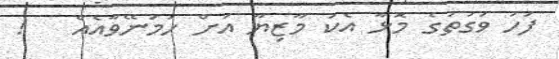
ފަހު ވަގުތުގެ މޮޅާ އެކު މާޒިޔާ އަށް ހަމަނޭވާއެއް   !